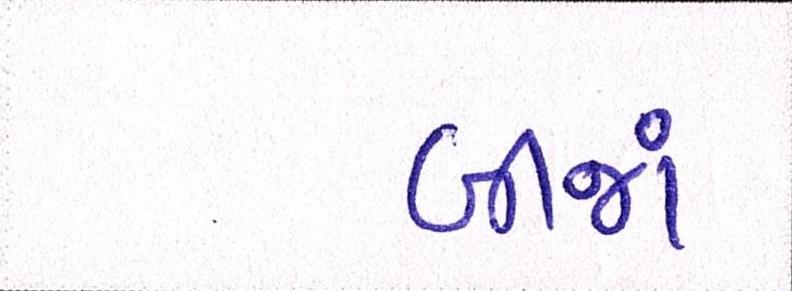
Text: બીજાં